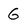
Character: G